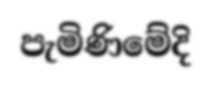
පැමිණිමේදි